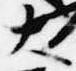
大